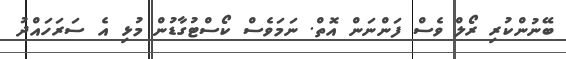
ބޭނުންކުރި ރޯލް ވެސް ފަންނަން އޮތް. ނަމަވެސް ކޯސްޓުގާޑުން މުޅި އެ ސަރަަހައްދު